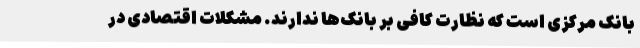
بانک مرکزی است که نظارت کافی بر بانک‌ها ندارند. مشکلات اقتصادی در